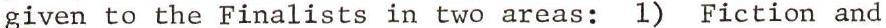
given to the Finalists in two areas: 1) Fiction and